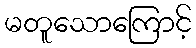
မတူသောကြောင့်